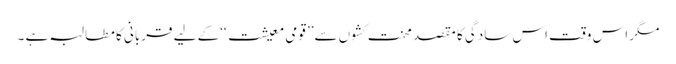
مگر اس وقت اس سادگی کا مقصد محنت کشوں سے’’ قومی معیشت ‘‘کے لیے قربانی کا مطالبہ ہے ۔